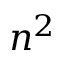
n ^ { 2 }